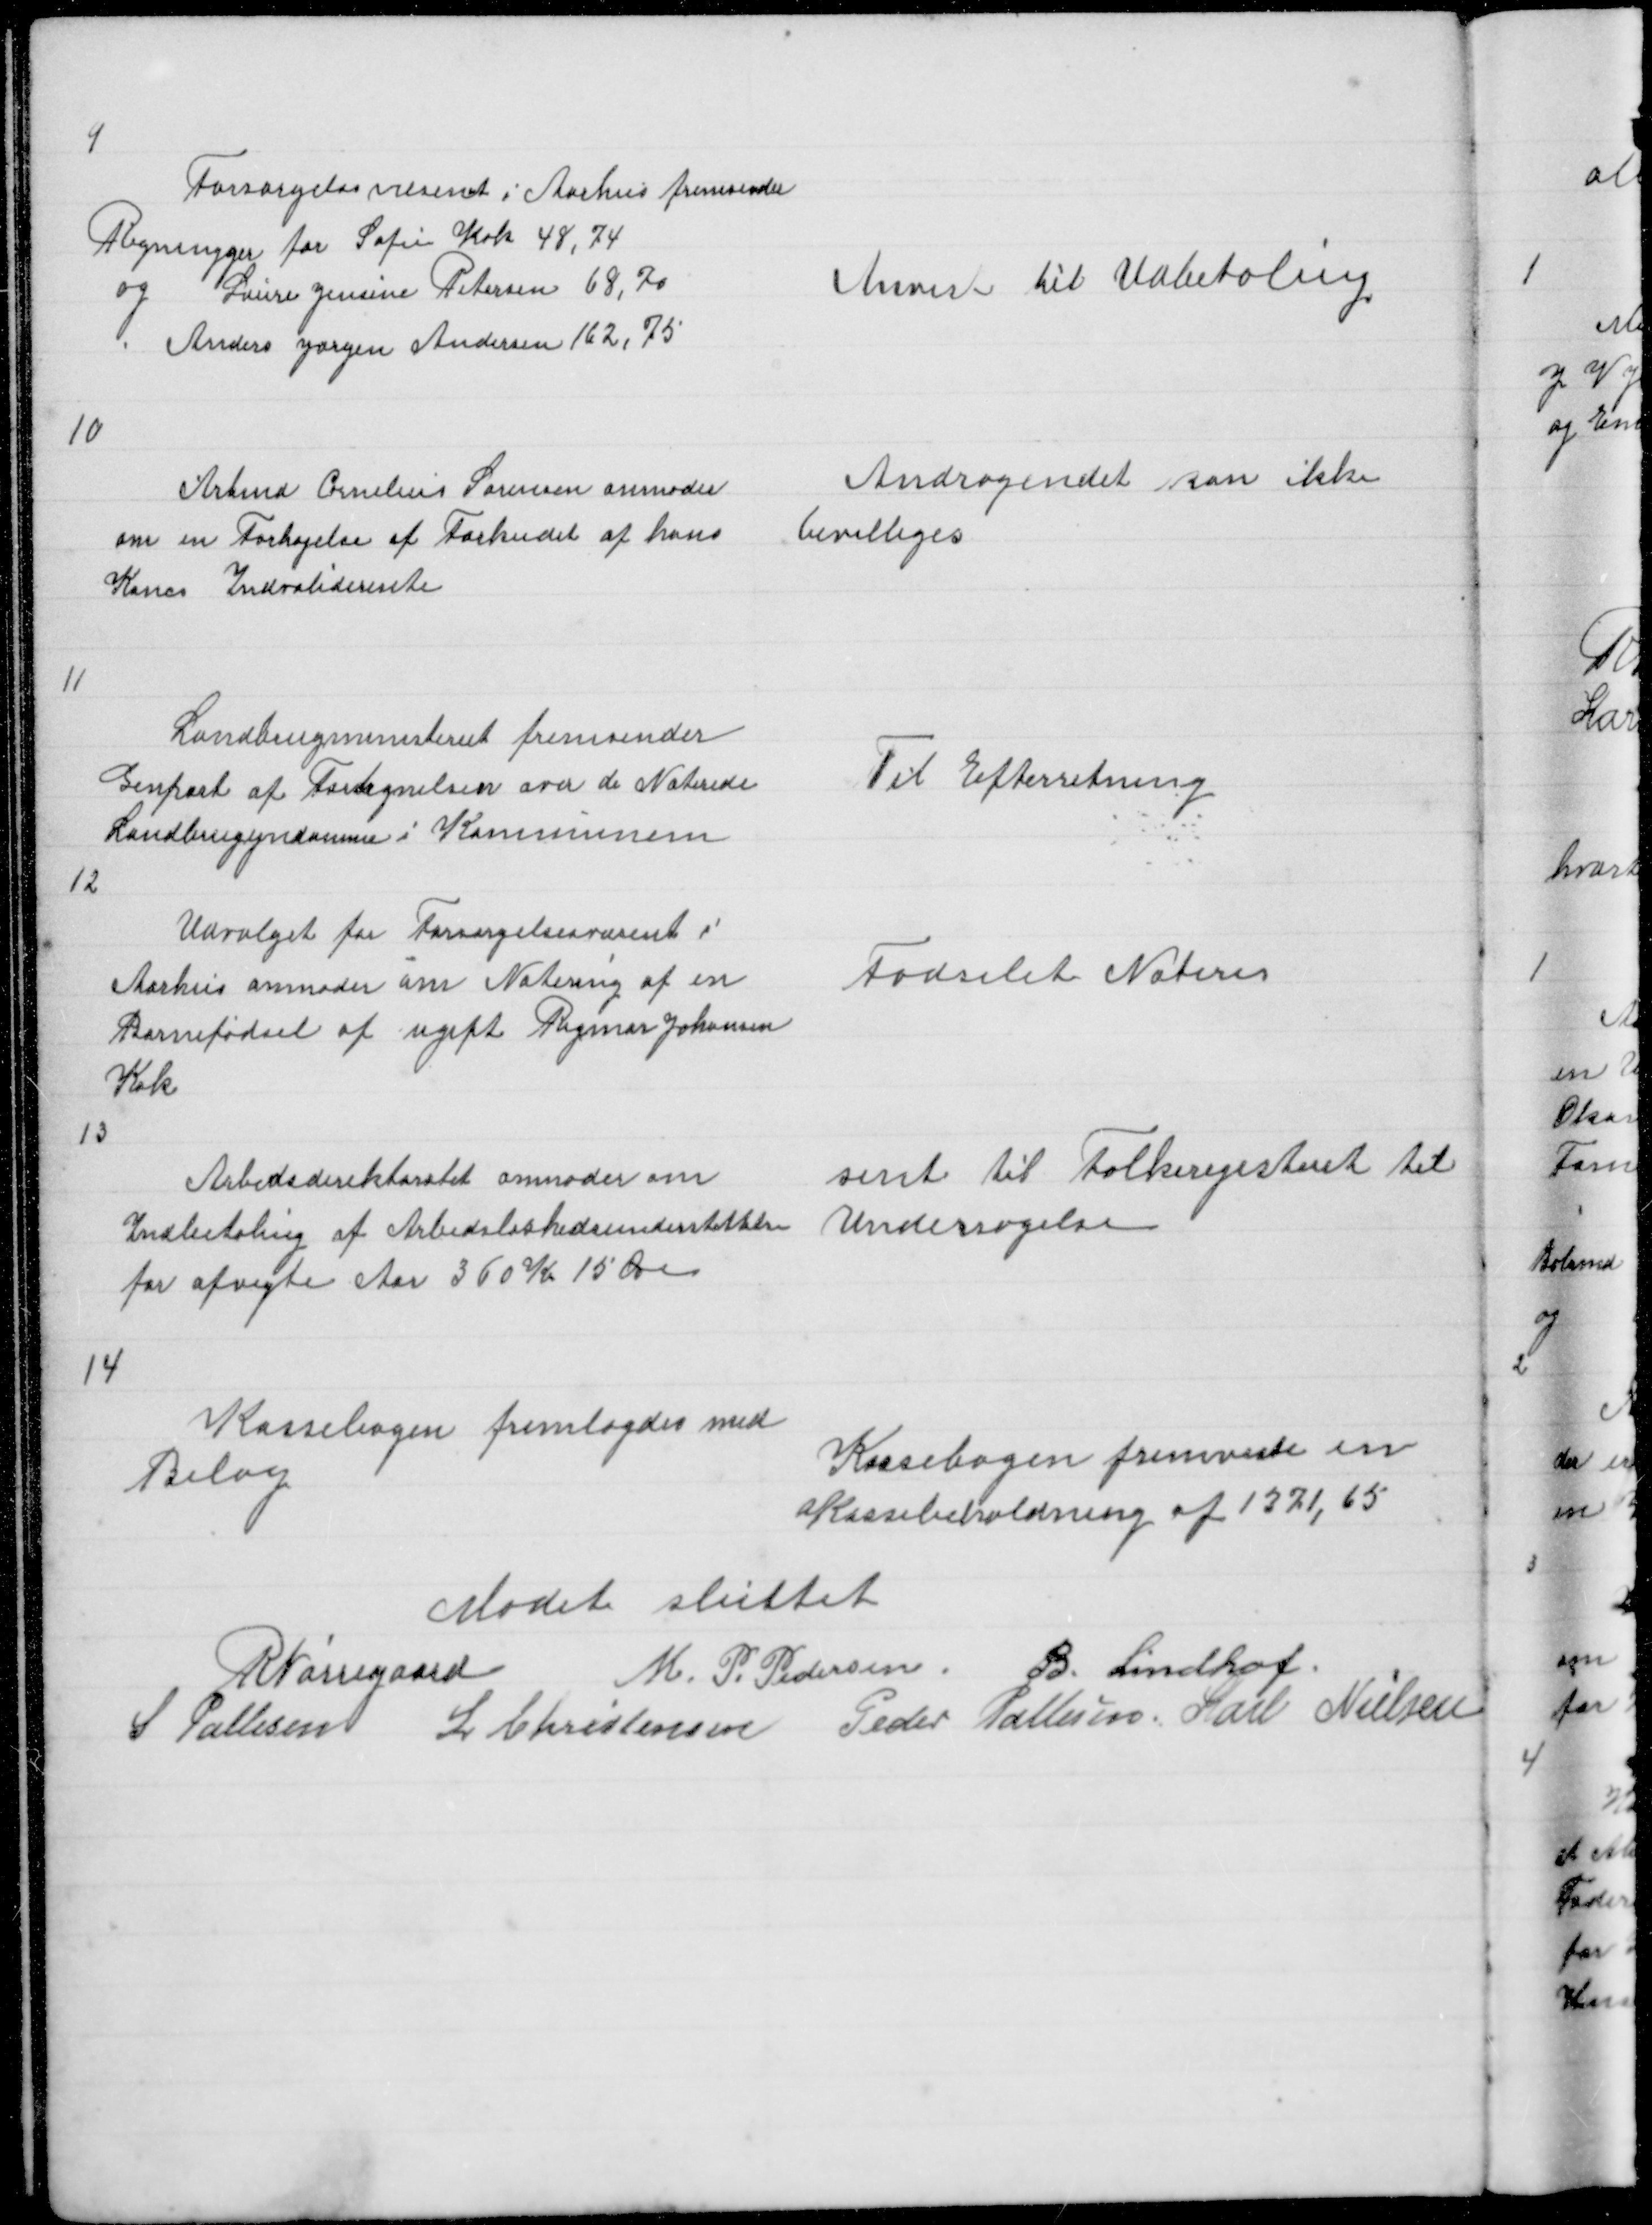
Transskription:
9

Forsørgelsesvesenet i Aarhus fremsender
Regningger for Sofie Kok 48,74
og Laure Jensine Petersen 68,70
Anders Jørgen Andersen 162,75

Anvist til Udbetaling

10

Arbmd Cornelius Sørensen anmoder
om en Forhøjelse af Forkudet af hans
Kones Indvaliderente

Andragendet kan ikke
bevilliges

11

Landbrugsministeriet fremsender
Genpart af Fortegnelsen over de Noterede
Landbrugsejndomme i Kommunen

Til Efterretning

12

Udvalget for Forsørgelsesvæsent i
Aarhus anmoder om Notering af en
Barnefødsel af ugift Rigmor Johansen
Kok

Fødselet Noteres

13

Arbedsdirektoratet anmoder om
Indbetaling af Arbedsløshedsunderstøttelse
for afvigte Aar 360 Kr 15 Øre

sent til Folkeregistret til
Undersøgelse

14

Kassebogen fremlagdes med
Bilag

Kassebogen fremviste en
Kassebeholdning af 1371,65

Mødet sluttet
R Nørregaard
M. P. Pedersen B. Lindhof
S Pallesen L Christensen Peder Pallesen Karl Nielsen